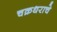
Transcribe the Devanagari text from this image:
चक्रधराचे